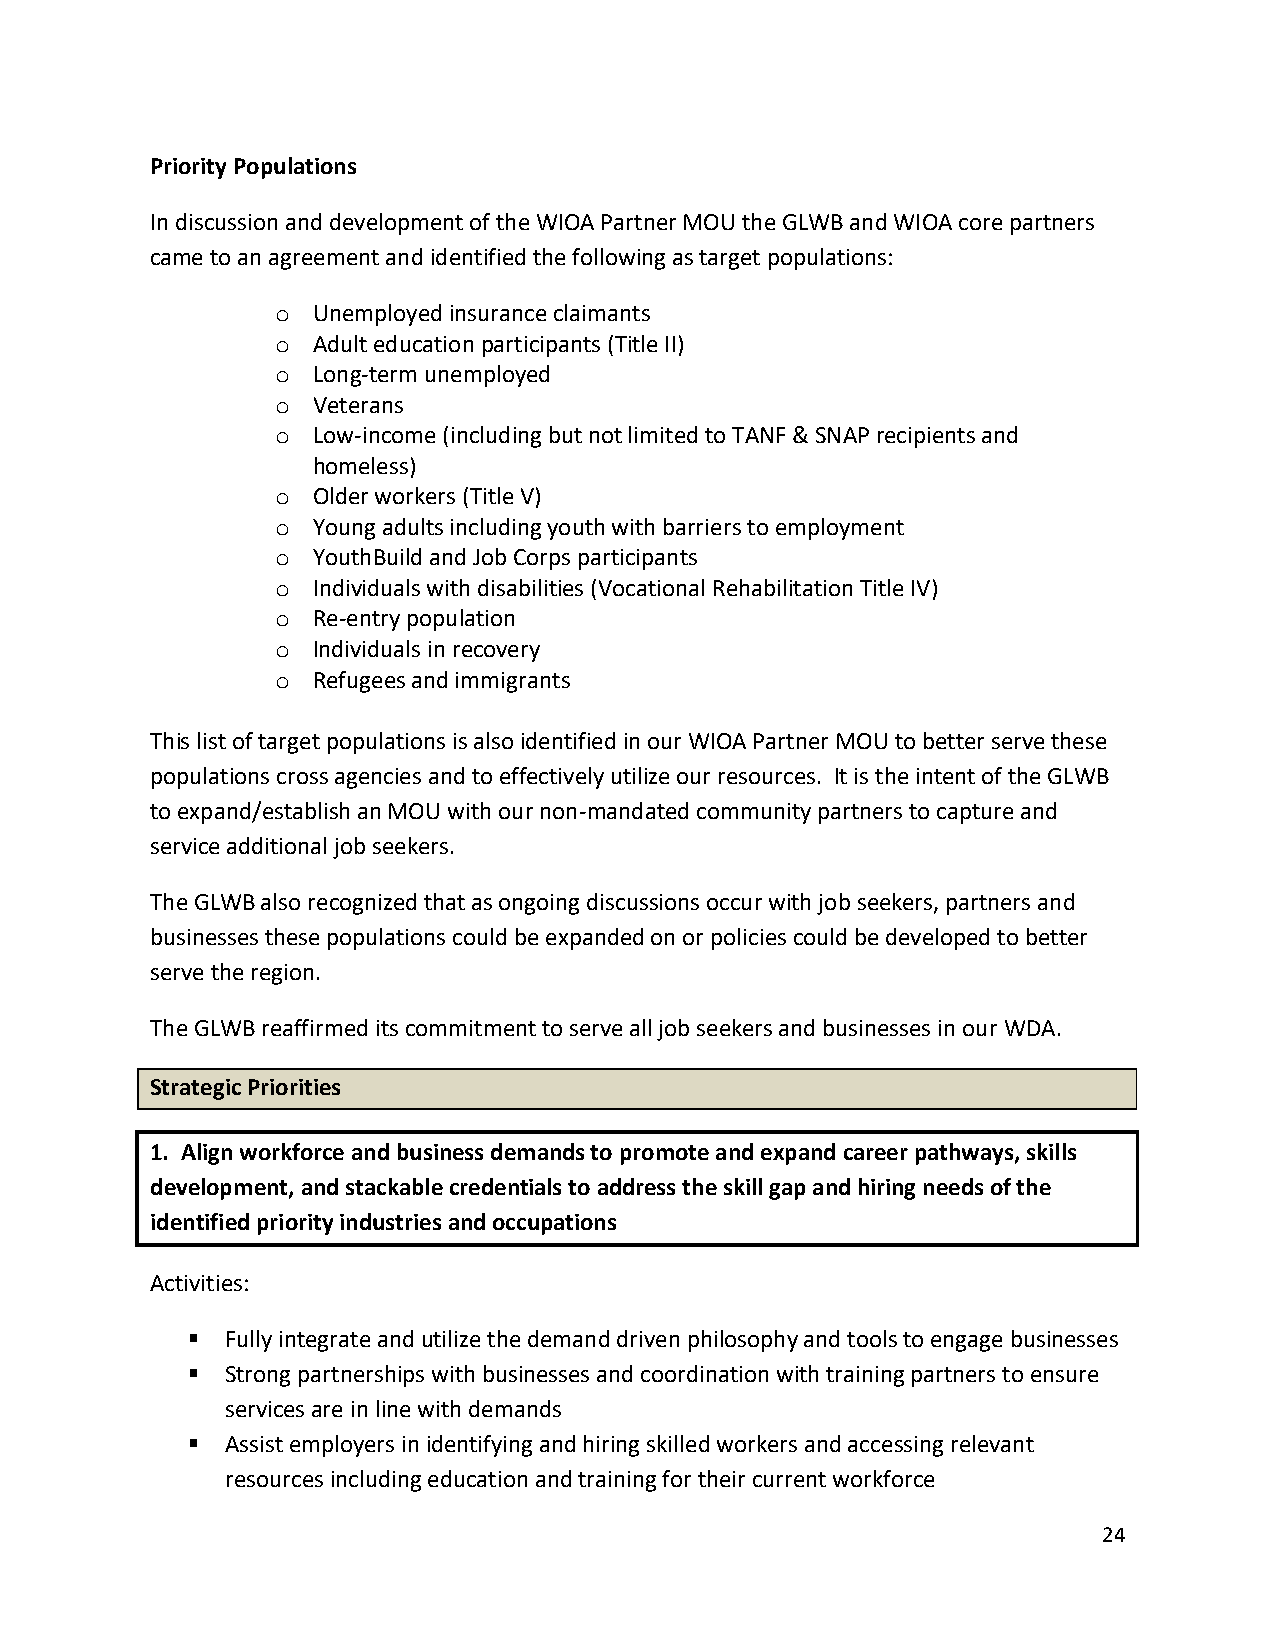
Priority Populations
 In discussion and development of the WIOA Partner MOU the GLWB and WIOA core partners
 came to an agreement and identified the following as target populations:
 o  Unemployed insurance claimants
 o  Adult education participants (Title II)
 o  Long-term unemployed
 o  Veterans
 o  Low-income (including but not limited to TANF & SNAP recipients and
 homeless)
 o  Older workers (Title V)
 o  Young adults including youth with barriers to employment
 o  YouthBuild and Job Corps participants
 o  Individuals with disabilities (Vocational Rehabilitation Title IV)
 o  Re-entry population
 o  Individuals in recovery
 o  Refugees and immigrants
 This list of target populations is also identified in our WIOA Partner MOU to better serve these
 populations cross agencies and to effectively utilize our resources. It is the intent of the GLWB
 to expand/establish an MOU with our non-mandated community partners to capture and
 service additional job seekers.
 The GLWB also recognized that as ongoing discussions occur with job seekers, partners and
 businesses these populations could be expanded on or policies could be developed to better
 serve the region.
 The GLWB reaffirmed its commitment to serve all job seekers and businesses in our WDA.
 Strategic Priorities
 1. Align workforce and business demands to promote and expand career pathways, skills
 development, and stackable credentials to address the skill gap and hiring needs of the
 identified priority industries and occupations
 Activities:
 ▪  Fully integrate and utilize the demand driven philosophy and tools to engage businesses
 ▪  Strong partnerships with businesses and coordination with training partners to ensure
 services are in line with demands
 ▪  Assist employers in identifying and hiring skilled workers and accessing relevant
 resources including education and training for their current workforce
 24